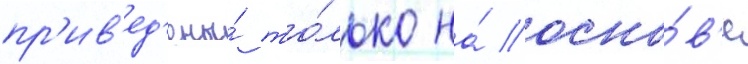
пр'ив'ед'ены́ то́лько на́ осно́в'е